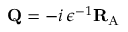
{ \mathbf { Q } } = - i \, \epsilon ^ { - 1 } { \mathbf { R } } _ { \mathrm { A } }